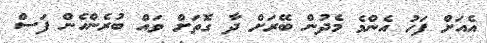
އެއަށް ފަހު އެންމެ މެދުން ބޭރަށް ދާ ގޮތަށް ވައް ބުރެންހެން ފަސް